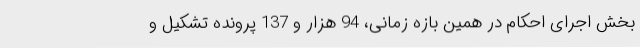
بخش اجرای احکام در همین بازه‌ زمانی، 94 هزار و 137 پرونده تشکیل و